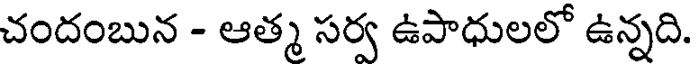
చందంబున - ఆత్మ సర్వ ఉపాధులలో ఉన్నది.